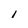
Character: i